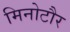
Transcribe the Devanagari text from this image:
मिनोटौर